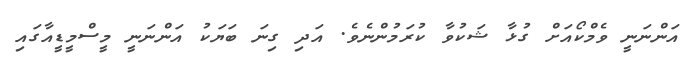
އަންނަނީ ވެމްކޯއަށް ގުޅާ ޝަކުވާ ކުރަމުންނެވެ. އަދި ގިނަ ބަޔަކު އަންނަނީ މީސްމީޑީއާގައި